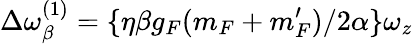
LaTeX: \Delta\omega_{\beta}^{(1)}=\{ \eta\beta g_{F}(m_{F}+m_{F}^{\prime})/2\alpha\} \omega_{z}